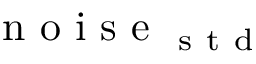
\mathrm { ~ n ~ o ~ i ~ s ~ e ~ } _ { \mathrm { ~ s ~ t ~ d ~ } }